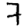
Digit: 7